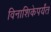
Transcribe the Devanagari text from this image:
विनाशिकेपर्यंत